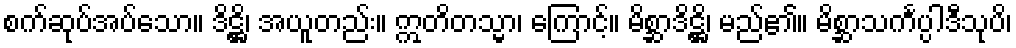
စက်ဆုပ်အပ်သော။ ဒိဋ္ဌိ၊ အယူတည်း။ ဣတိတသ္မာ၊ ကြောင့်။ မိစ္ဆာဒိဋ္ဌိ၊ မည်၏။ မိစ္ဆာသင်္ကပ္ပါဒီသုပိ၊